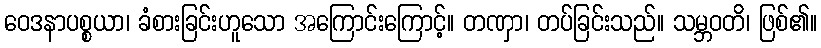
ဝေဒနာပစ္စယာ၊ ခံစားခြင်းဟူသော အကြောင်းကြောင့်။ တဏှာ၊ တပ်ခြင်းသည်။ သမ္ဘဝတိ၊ ဖြစ်၏။